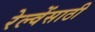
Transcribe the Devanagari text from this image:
रेल्वेंसाठी